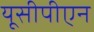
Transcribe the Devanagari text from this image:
यूसीपीएन